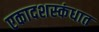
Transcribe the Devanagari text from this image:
एकादशस्‍कंधात